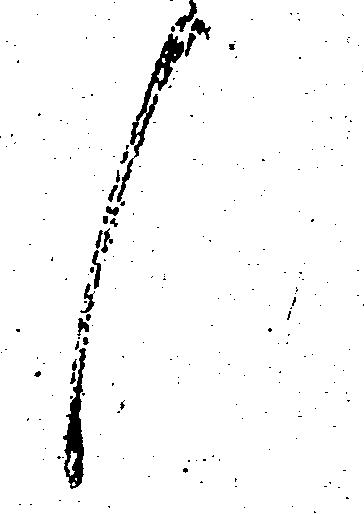
候